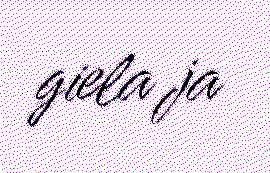
giela ja